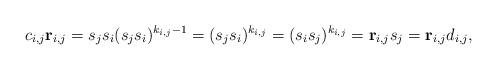
LaTeX: \begin{align*}c_{i,j}\mathbf{r}_{i,j} = s_{j}s_i(s_js_i)^{k_{i,j}-1} = (s_js_i)^{k_{i,j}} = (s_is_j)^{k_{i,j}} = \mathbf{r}_{i,j}s_j = \mathbf{r}_{i,j}d_{i,j},\end{align*}